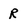
Character: R